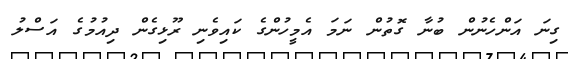
ގިނަ އަންހެނުން ބުނާ ގޮތުން ނަމަ އެމީހުންގެ ކައިވެނި ރޫޅިގެން ދިއުމުގެ އަސްލު